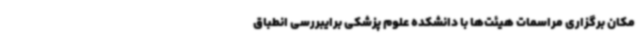
مکان برگزاری مراسمات هیئت‌ها با دانشکده علوم پزشکی برایبررسی انطباق